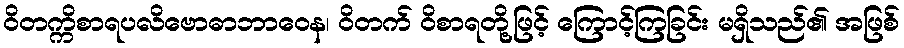
ဝိတက္ကိစာရပလိဗောဓာဘာဝေန၊ ဝိတက် ဝိစာရတို့ဖြင့် ကြောင့်ကြခြင်း မရှိသည်၏ အဖြစ်